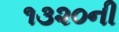
૧૩૨૦ની